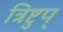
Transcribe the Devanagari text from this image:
त्रिष्टुप्‌